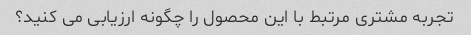
تجربه مشتری مرتبط با این محصول را چگونه ارزیابی می کنید؟